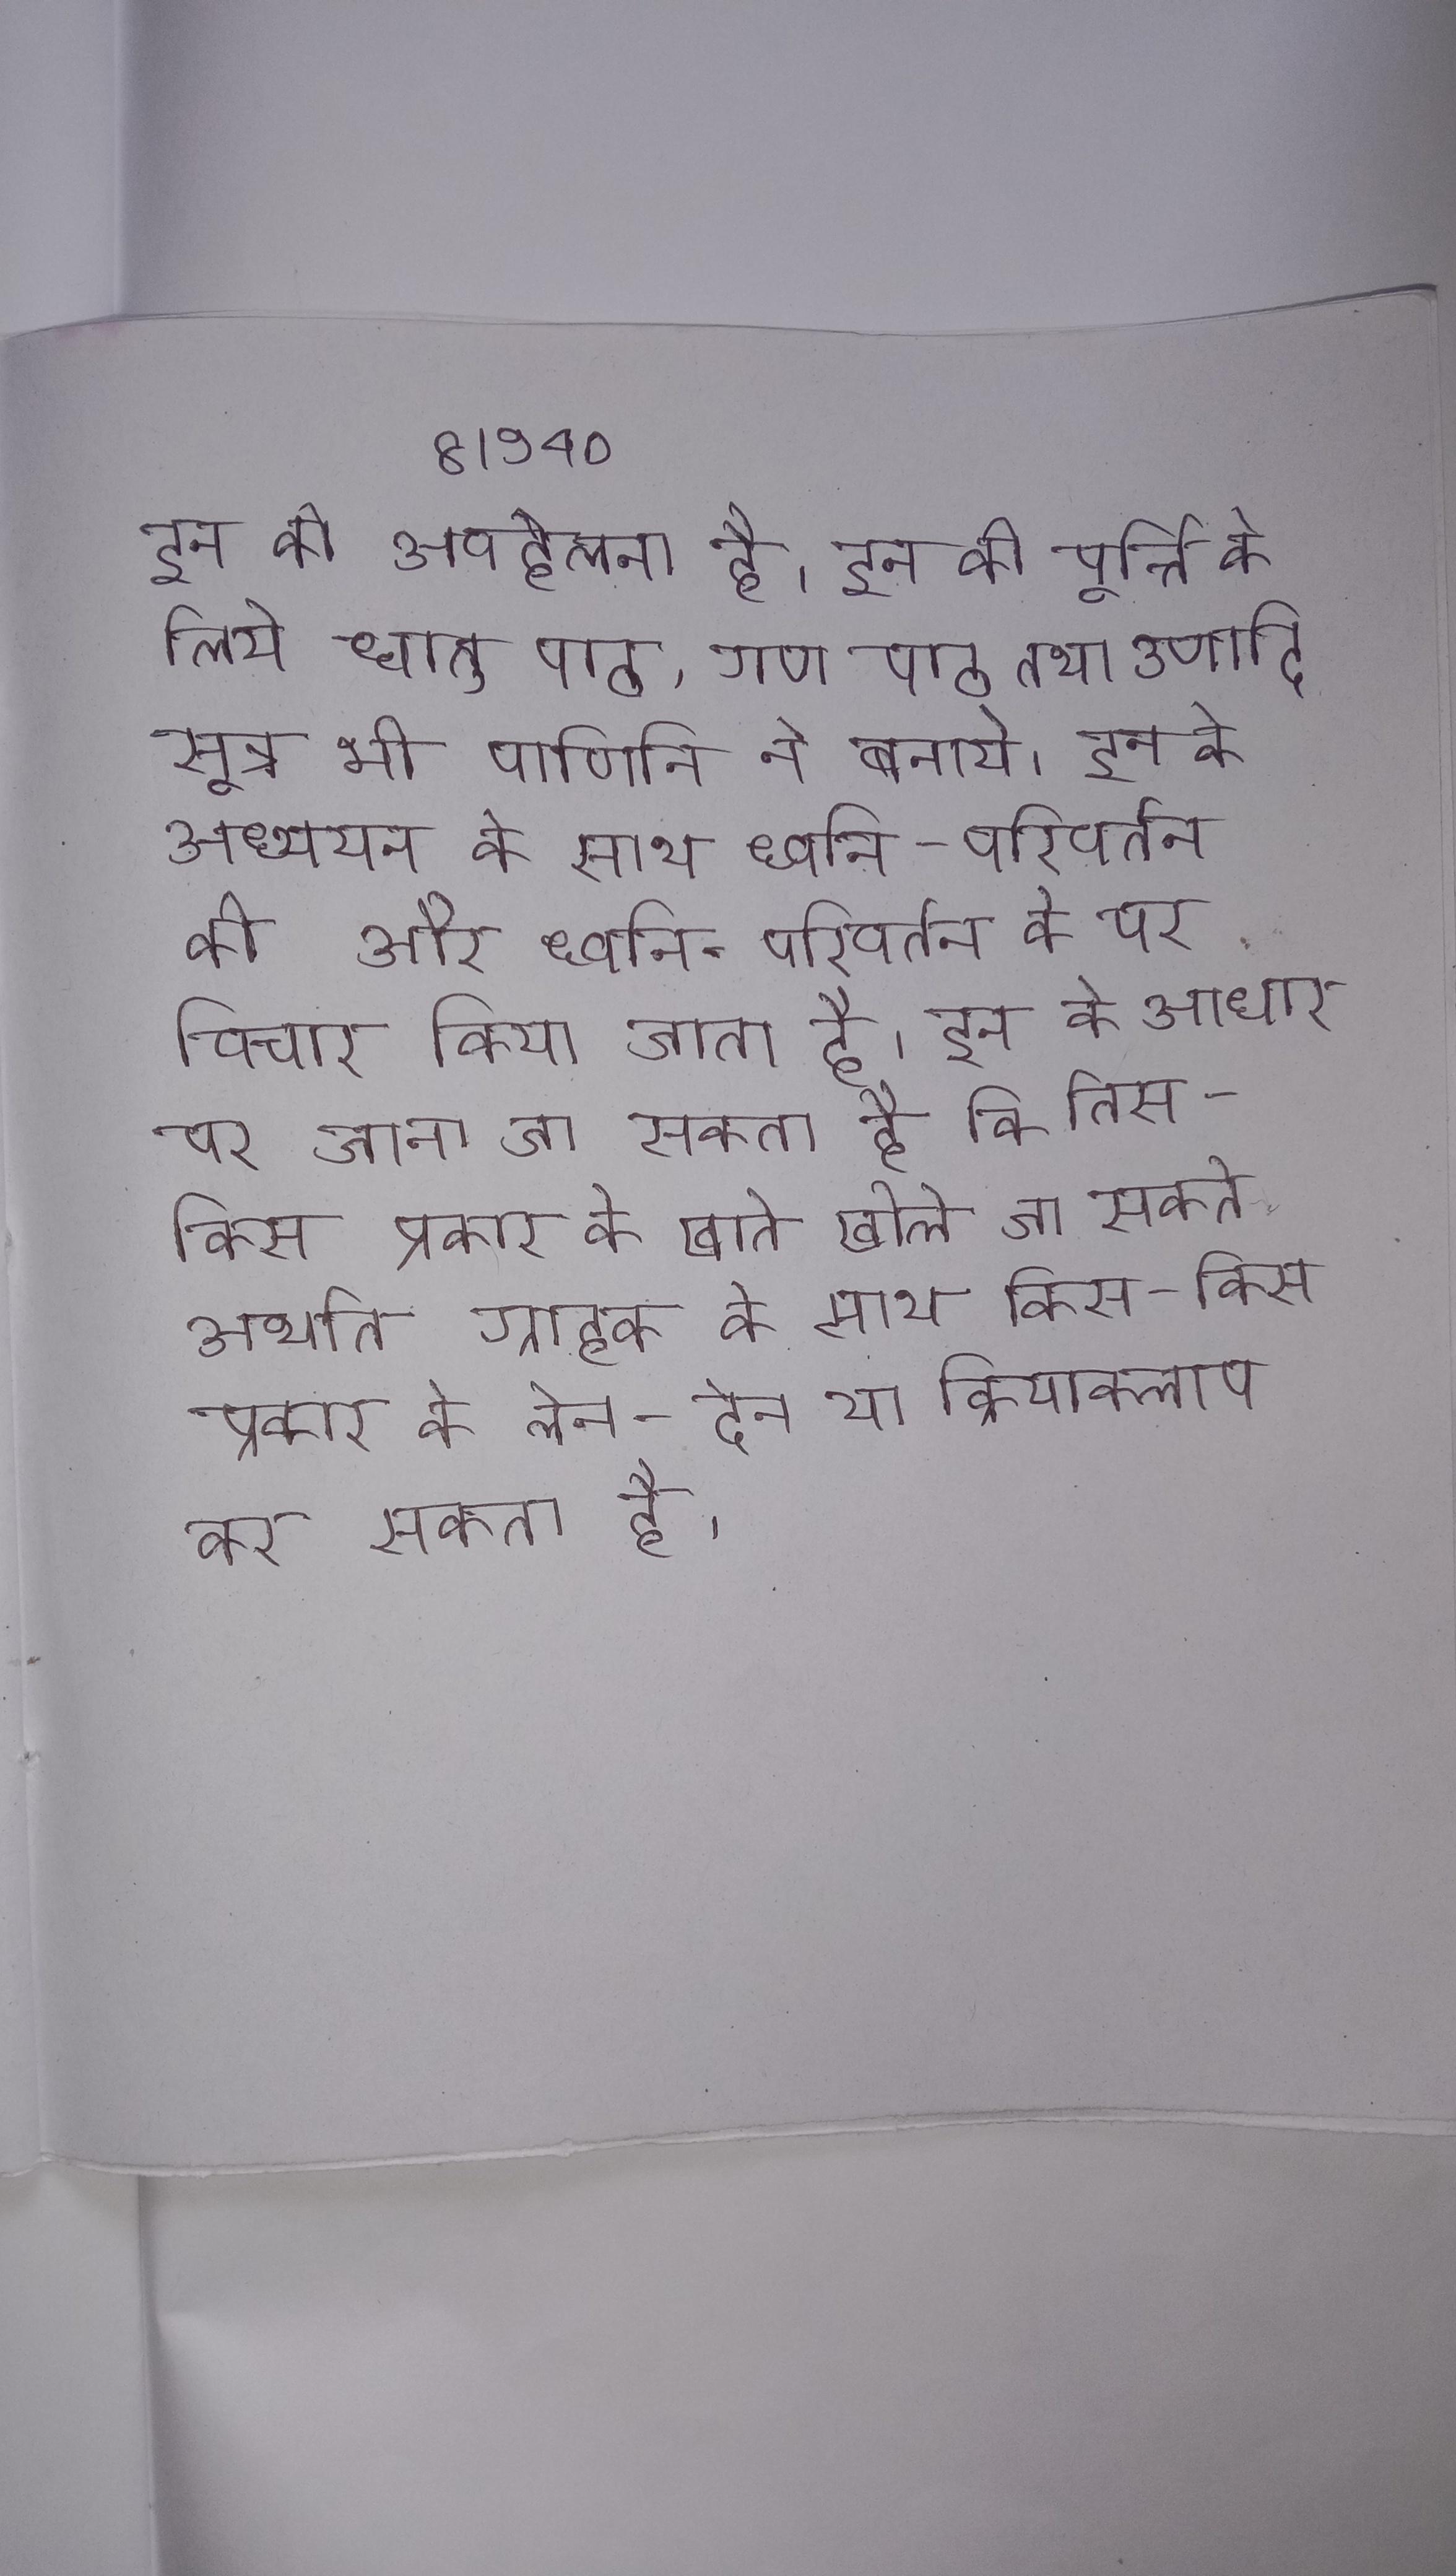
इन की अवहेलना है । इन की पूर्त्ति के लिये धातु पाठ, गण पाठ तथा उणादि सूत्र भी पाणिनि ने बनाये । इन के अध्ययन के साथ ध्वनि-परिवर्तन की और ध्वनि-परिवर्तन के पर विचार किया जाता है । इन के आधार पर जाना जा सकता है कि तिस-किस प्रकार के खाते खोले जा सकते अर्थात ग्राहक के साथ किस-किस प्रकार के लेन-देन या क्रियाकलाप कर सकता है ।